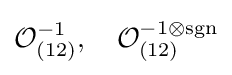
{\mathcal {O}}_{(12)}^{-1},\quad {\mathcal {O}}_{(12)}^{-1\otimes \operatorname {sgn} }